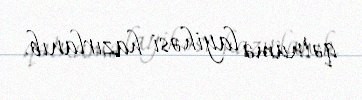
qətnamə layihəsi hazırlanıb.